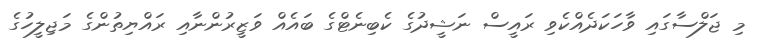
މި ޖަލްސާގައި ވާހަކަދެއްކެވި ރައީސް ނަޝީދުގެ ކެބިނެޓްގެ ބައެއް ވަޒީރުންނާއި ރައްޔިތުންގެ މަޖިލީހުގެ